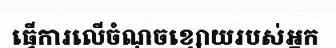
ធ្វើការលើចំណុចខ្សោយរបស់អ្នក